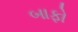
બાફો